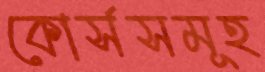
কোর্সসমূহ